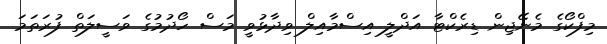
މިފްކޯގެ މެނޭޖިން ޑިރެކްޓާ އަދްލީ އިސްމާއިލް ވިދާޅުވީ މަސް ހޯދުމުގެ ވަސީލަތް ފުރަތަމަ